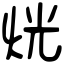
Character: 𤈛